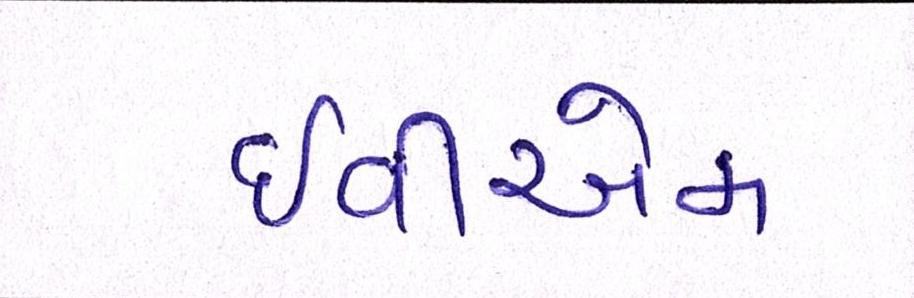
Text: ઇવીએમ